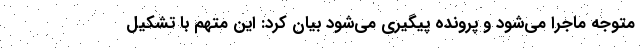
متوجه ماجرا می‌شود و پرونده پیگیری می‌شود بیان کرد: این متهم با تشکیل